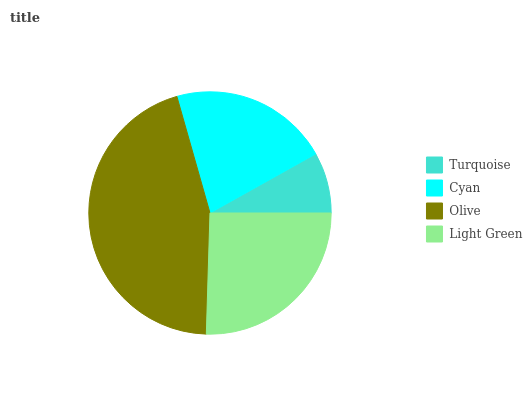
| Turquoise | Cyan | Olive | Light Green |
 | --- | --- | --- | --- |
 | 8.11% | 21.3% | 45.2% | 25.4% |